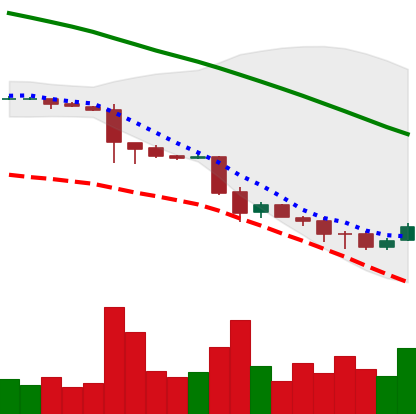
Ticker: ETC-USD
Chart end date: 2018-11-28
Forward return: -9.53%
Label: down_7plus